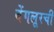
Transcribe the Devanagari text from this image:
बेंगलूरची